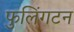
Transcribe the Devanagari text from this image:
फुलिंगटन